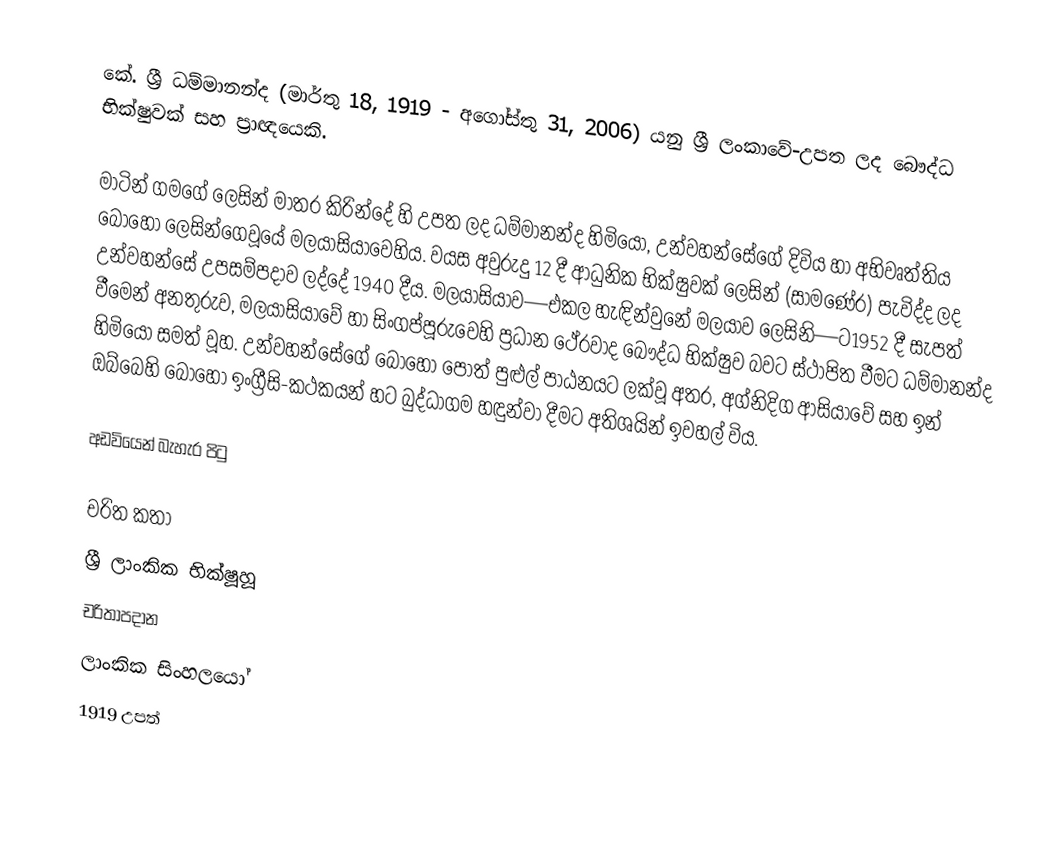
‍කේ. ශ්‍රී ධම්මානන්ද (මාර්තු 18, 1919 - අගෝස්තු 31, 2006) යනු ශ්‍රී ලංකාවේ-උපත ලද බෞද්ධ භික්ෂුවක් සහ ප්‍රාඥයෙකි.

මාටින් ගමගේ ලෙසින් මාතර කිරින්දේ හි උපත ලද ධම්මානන්ද හිමියෝ, උන්වහන්සේගේ දිවිය හා අභිවෘත්තිය බොහෝ ලෙසින්ගෙවූයේ මලයාසියාවෙහිය. වයස අවුරුදු 12 දී ආධුනික භික්ෂුවක් ලෙසින් (සාමණේර) පැවිද්ද ලද උන්වහන්සේ උපසම්පදාව ලද්දේ 1940 දීය. මලයාසියාව—එකල හැඳින්වුනේ මලයාව ලෙසිනි—ට1952 දී සැපත් වීමෙන් අනතුරුව, මලයාසියාවේ හා සිංගප්පූරුවෙහි ප්‍රධාන ථේරවාද බෞද්ධ භික්ෂුව බවට ස්ථාපිත වීමට ධම්මානන්ද හිමියෝ සමත් වූහ. උන්වහන්සේගේ බොහෝ පොත් පුළුල් පාඨනයට ලක්වූ අතර, අග්නිදිග ආසියාවේ සහ ඉන් ඔබ්බෙහි බොහෝ ඉංග්‍රීසි-කථකයන් හට බුද්ධාගම හඳුන්වා දීමට අතිශයින් ඉවහල් විය.

අඩවියෙන් බැහැර පිටු

චරිත කතා
ශ්‍රී ලාංකික භික්ෂූහූ
චරිතාපදාන
ලාංකික සිංහලයෝ
1919 උපත්